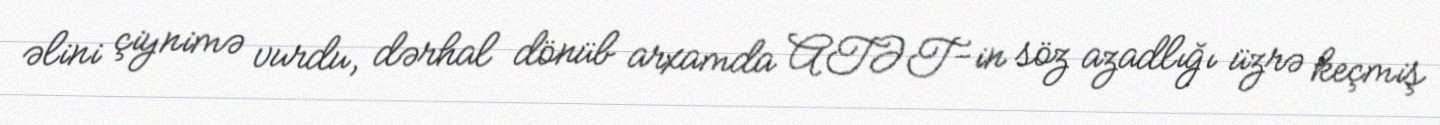
əlini çiynimə vurdu, dərhal dönüb arxamda ATƏT-in söz azadlığı üzrə keçmiş